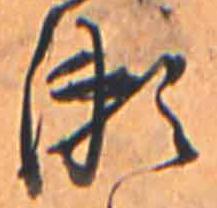
瀬